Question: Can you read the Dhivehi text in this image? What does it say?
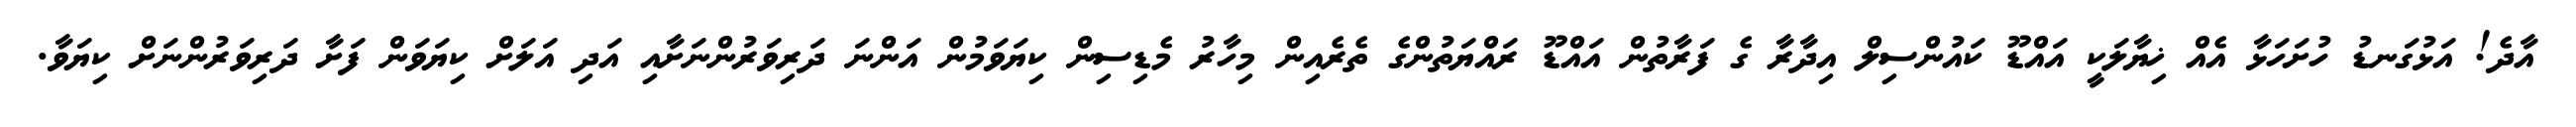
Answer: އާދެ! އަޅުގަނޑު ހުށަހަޅާ އެއް ޚިޔާލަކީ އައްޑޫ ކައުންސިލް އިދާރާ ގެ ފަރާތުން އައްޑޫ ރައްޔަތުންގެ ތެރެއިން މިހާރު މެޑިސިން ކިޔަވަމުން އަންނަ ދަރިވަރުންނަށާއި އަދި އަލަށް ކިޔަވަން ފަށާ ދަރިވަރުންނަށް ކިޔަވާ.